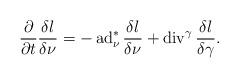
LaTeX: \begin{align*}\frac{\partial }{\partial t}\frac{\delta l}{\delta\nu}=-\operatorname{ad}^*_\nu\frac{\delta l}{\delta\nu}+\operatorname{div}^\gamma\frac{\delta l}{\delta\gamma}.\end{align*}